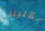
لكلينا